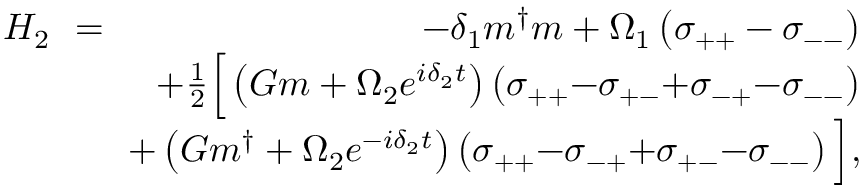
\begin{array} { r l r } { H _ { 2 } \! \! } & { = } & { \! \! - \delta _ { 1 } m ^ { \dag } m + \Omega _ { 1 } \left( \sigma _ { + + } - \sigma _ { -- } \right) } \\ & { } & { \! \! + \frac { 1 } { 2 } \Big [ \left( G m + \Omega _ { 2 } e ^ { i \delta _ { 2 } t } \right) \left( \sigma _ { + + } { - } \sigma _ { + - } { + } \sigma _ { - + } { - } \sigma _ { -- } \right) } \\ & { } & { \! \! + \left( G m ^ { \dag } + \Omega _ { 2 } e ^ { - i \delta _ { 2 } t } \right) \left( \sigma _ { + + } { - } \sigma _ { - + } { + } \sigma _ { + - } { - } \sigma _ { -- } \right) \Big ] , } \end{array}